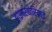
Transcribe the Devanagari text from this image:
हाइपरबोरियाई